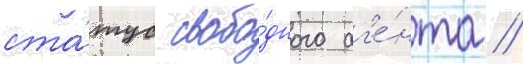
ста́тус свобо́дного аг'е́нта /